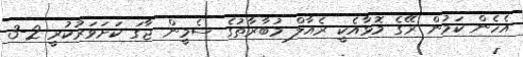
އެހެން ކަމުން ރޭގެ މޮޅާއެކީ ރެއާލް މުބާރާތުގެ ސެމީން ޖާގަ ކަށަވަރުކުރީ 2-3